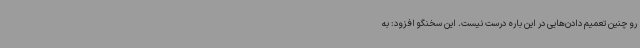
رو چنین تعمیم دادن‌هایی در این باره درست نیست. این سخنگو افزود: به